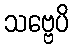
သဗ္ဗေပိ